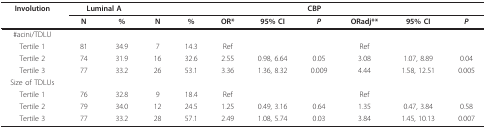
<table><thead><tr><td><b>Involution</b></td><td colspan="2"><b>Luminal A</b></td><td colspan="8"><b>CBP</b></td></tr><tr><td></td><td><b>N</b></td><td><b>%</b></td><td><b>N</b></td><td><b>%</b></td><td><b>OR*</b></td><td><b>95% CI</b></td><td><b><i>P</i></b></td><td><b>ORadj**</b></td><td><b>95% CI</b></td><td><b><i>P</i></b></td></tr></thead><tbody><tr><td>#acini/TDLU</td><td></td><td></td><td></td><td></td><td></td><td></td><td></td><td></td><td></td><td></td></tr><tr><td>Tertile 1</td><td>81</td><td>34.9</td><td>7</td><td>14.3</td><td>Ref</td><td></td><td></td><td>Ref</td><td></td><td></td></tr><tr><td>Tertile 2</td><td>74</td><td>31.9</td><td>16</td><td>32.6</td><td>2.55</td><td>0.98, 6.64</td><td>0.05</td><td>3.08</td><td>1.07, 8.89</td><td>0.04</td></tr><tr><td>Tertile 3</td><td>77</td><td>33.2</td><td>26</td><td>53.1</td><td>3.36</td><td>1.36, 8.32</td><td>0.009</td><td>4.44</td><td>1.58, 12.51</td><td>0.005</td></tr><tr><td>Size of TDLUs</td><td></td><td></td><td></td><td></td><td></td><td></td><td></td><td></td><td></td><td></td></tr><tr><td>Tertile 1</td><td>76</td><td>32.8</td><td>9</td><td>18.4</td><td>Ref</td><td></td><td></td><td>Ref</td><td></td><td></td></tr><tr><td>Tertile 2</td><td>79</td><td>34.0</td><td>12</td><td>24.5</td><td>1.25</td><td>0.49, 3.16</td><td>0.64</td><td>1.35</td><td>0.47, 3.84</td><td>0.58</td></tr><tr><td>Tertile 3</td><td>77</td><td>33.2</td><td>28</td><td>57.1</td><td>2.49</td><td>1.08, 5.74</td><td>0.03</td><td>3.84</td><td>1.45, 10.13</td><td>0.007</td></tr></tbody></table>